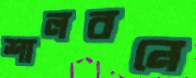
শালবনে